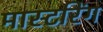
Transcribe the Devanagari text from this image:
मास्‍टरिंग